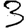
Digit: 3